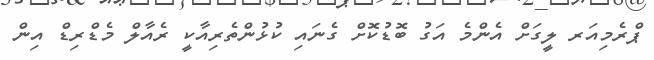
ޕްރެމިއަރ ލީގަށް އެންމެ އަގު ބޮޑުކޮށް ގެނައި ކުޅުންތެރިއާކީ ރެއާލް މެޑްރިޑް އިން